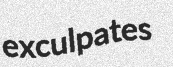
exculpates